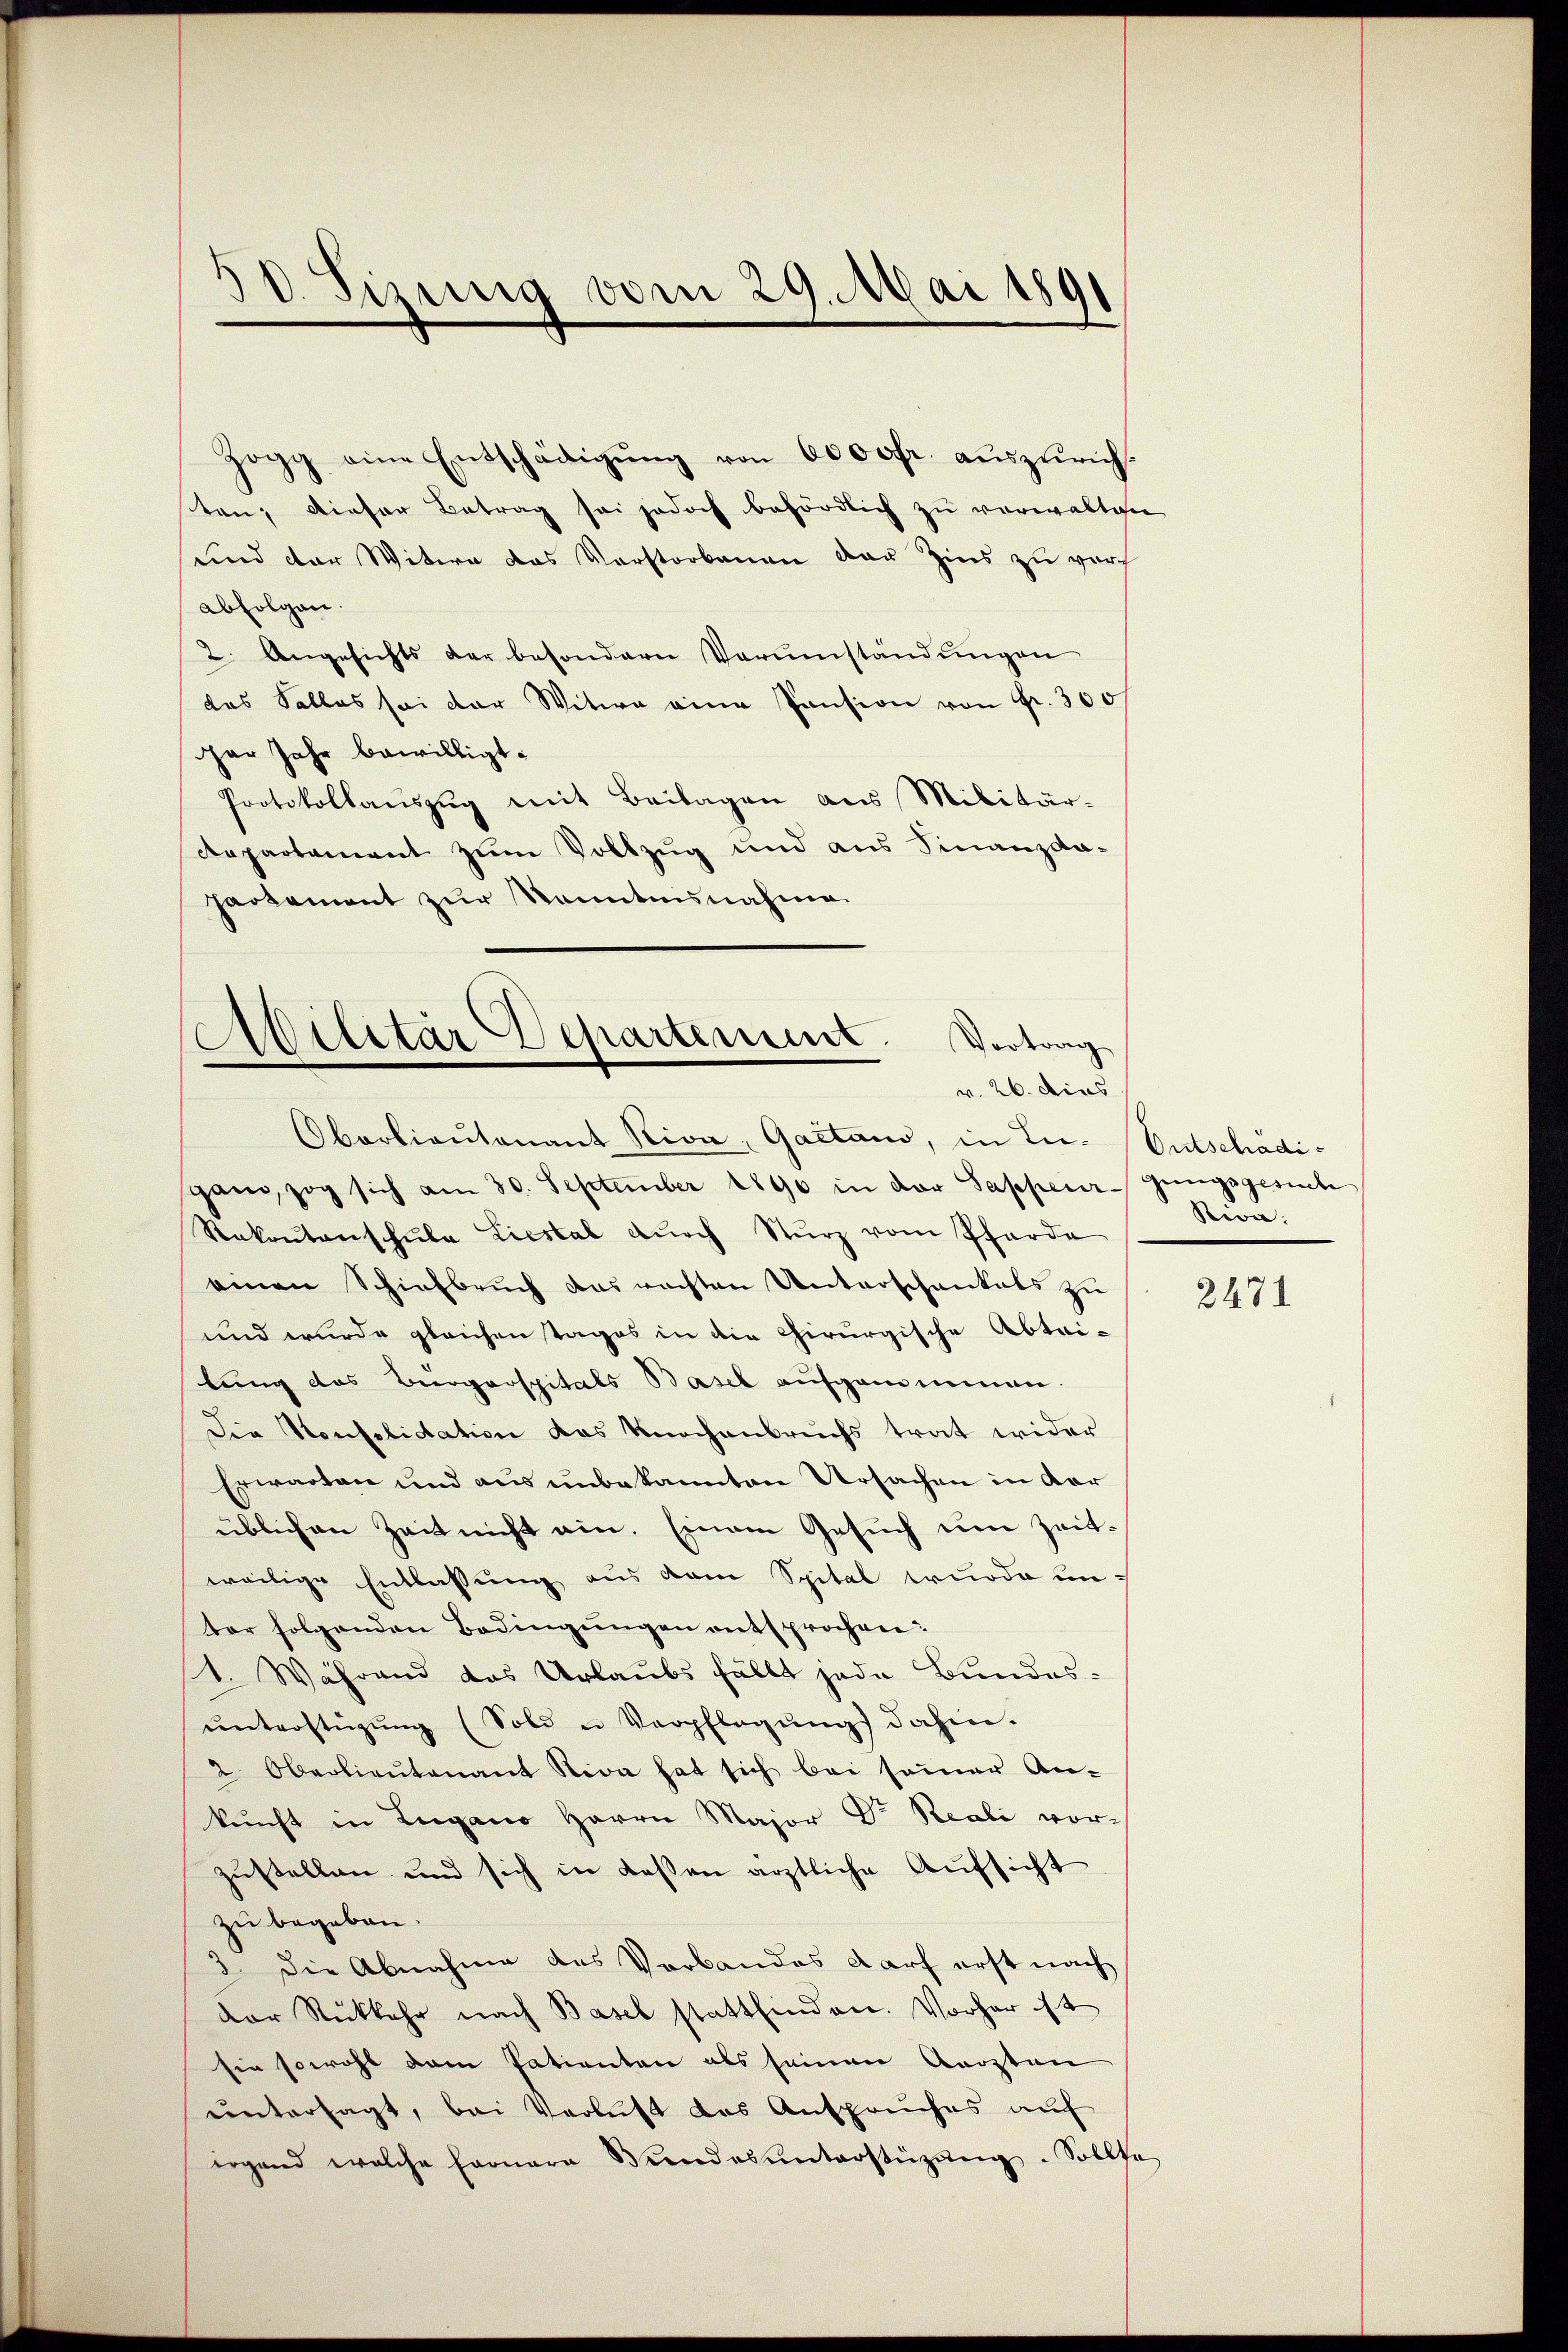
d. Sizung vom 29. Mai 1891

Zogg eine Entschädigŭng von 6000fr. auszuricht
ten, dieser Betrag sei jedoch behördlich zu verwalten
und der Witwe das Vorstorbenen der Zins zu vor
abfolgen.
2. Angesichts der besondern Verumständungen
das Salles sei der Witwe eine Pension von Fr. 300f
ger Jahr bewilligt.
Protokollaŭszŭg mit Beilagen aus Militär-
Repartement zum Vollzug und aus Finanzda-
hartement zur Kenntnisnahme

Militär Departement.
Vortrag
v. 26. dies

Oberlieŭtenant Nica, Gaetand, in In-
gand, zog sich am 30. September 1890 in der Sappeurgungsgesuch
Rakrŭtanschŭle Liestal dŭrch Sturz vom Pfarre
einen Schiefbruch das rechten Unterschankels zu
und wurde gleichen Tages in die Chirurgische Abtei-
tung des Bürgerspitals Basel aufgenommen.
Die Konsolidation das Knochenbruchs trat wider
Erwarten und aus unbekannten Ursachen in der
üblichen Zeit nicht ein. Einem Gesuch um Zeitweilige Entlassung aus dem Spital wurde unter folgenden Bedingungen entsprochen:
1. Während das Urlaubs fällt jede Bundes-
ŭnterstüzung (Sold u Verpflegŭng dahin.
2. Oberlieutenant Stica hat sich bei seiner An-
kunft in Lugano Herrn Major Dr. Reali vorzustellen und sich in dessen ärztliche Aufsicht
zu begeben.
3. Die Abnahme des Verbandes darf erst nach
der Rückkehr nach Basel stattfinden. Vorher ist
sie sowohl dem Patienten als seinen Aerzten
untersagt, bei Verlust das Anspaches aŭf
irgend welche Farnara Vindes ŭnterstützŭng. Sollte

Ontschädi¬
Rica:

2471